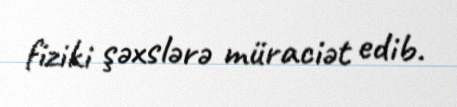
fiziki şəxslərə müraciət edib.